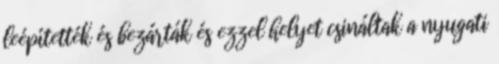
leépítették és bezárták és ezzel helyet csináltak a nyugati